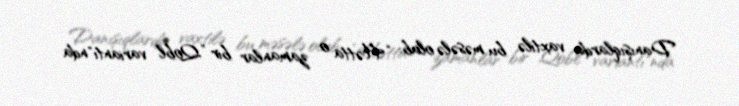
Danışıqlarda vaxtilə bu məsələ olub: “Hətta o zamanlar bir ”Qobl variantı"nda